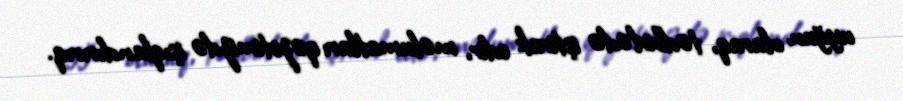
uyğun olaraq, tədbirlədə iştirak edir, məlumatları qəzetimizdə işıqlandırırıq.